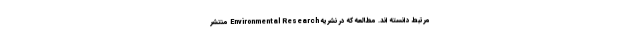
مرتبط دانسته اند. مطالعه که در نشریه Environmental Research منتشر